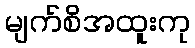
မျက်စိအထူးကု